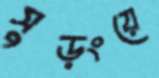
সুড়ংয়ে